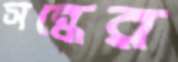
সন্ধের